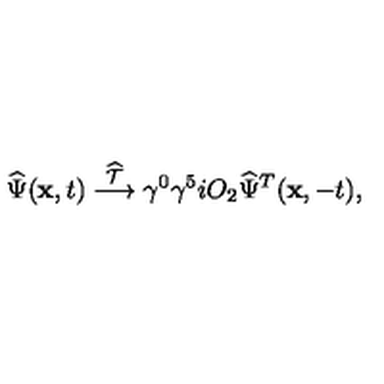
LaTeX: \widehat \Psi ( { \bf x } , t ) \stackrel { \widehat { \cal T } } { \longrightarrow } \gamma ^ { 0 } \gamma ^ { 5 } i O _ { 2 } \widehat \Psi ^ { T } ( { \bf x } , - t ) ,